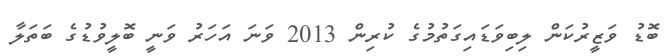
ބޮޑު ވަޒީރުކަން ލިބިވަޑައިގަތުމުގެ ކުރިން 2013 ވަނަ އަހަރު ވަނީ ބޮލީވުޑުގެ ބަތަލާ